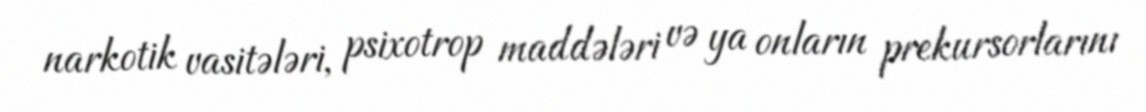
narkotik vasitələri, psixotrop maddələri və ya onların prekursorlarını